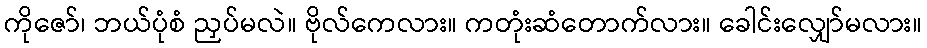
ကိုဇော်၊ ဘယ်ပုံစံ ညှပ်မလဲ။ ဗိုလ်ကေလား။ ကတုံးဆံတောက်လား။ ခေါင်းလျှော်မလား။